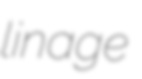
linage